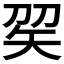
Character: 𥎫